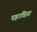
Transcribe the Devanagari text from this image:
पहाडिय़ां